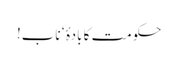
حکومت کا بادۂ‘ ناب!